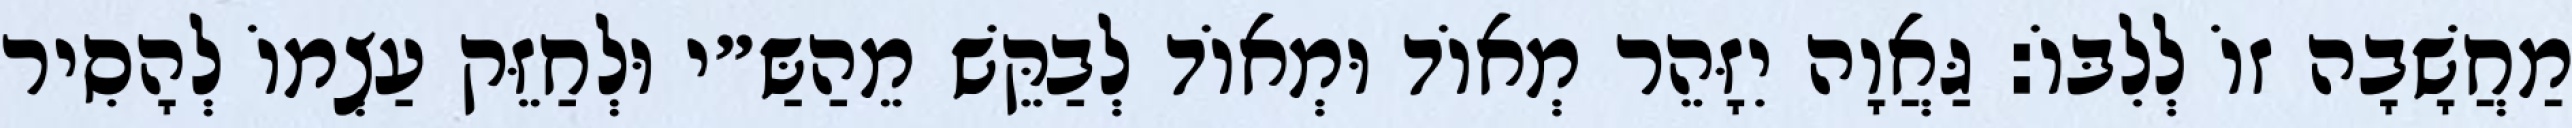
מַחֲשָׁבָה זוֹ לְלִבּוֹ: גַּאֲוָה יִזָּהֵר מְאוֹד וּמְאוֹד לְבַקֵּשׁ מֵהַשַּ״י וּלְחַזֵּק עַצְמוֹ לְהָסִיר